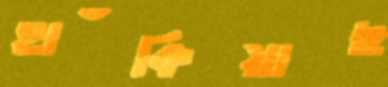
হাঁকিয়াছ